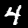
Digit: 4